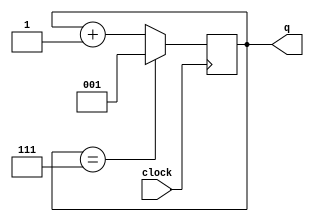
module random_generator(clock,q); //counter driven by clock, 
											  //effectively random.
	input clock;
	output reg [2:0] q;
	
	initial begin
        q = 3'b001;
    end
	
	always @(posedge clock) 
	begin
		if (q == 3'b111)
		                //possible color input range from 001 to 111, excluding black.
			q <= 3'b001;
		else
			q <= q + 1'b1;
	end
	
endmodule